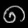
Digit: ၈